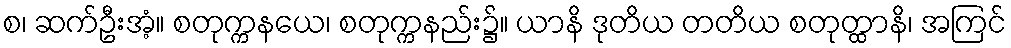
စ၊ ဆက်ဦးအံ့။ စတုက္ကနယေ၊ စတုက္ကနည်း၌။ ယာနိ ဒုတိယ တတိယ စတုတ္ထာနိ၊ အကြင်